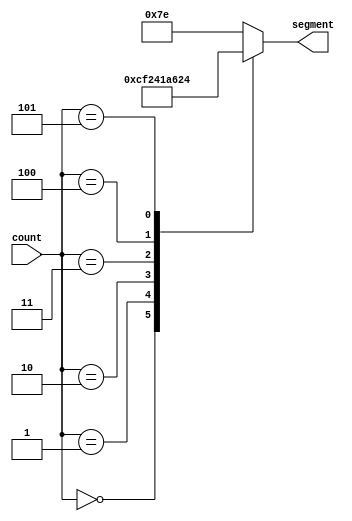
`define ZERO   7'b0000001
`define ONE    7'b1001111
`define TWO    7'b0010010
`define THREE  7'b0000110
`define FOUR   7'b1001100
`define FIVE   7'b0100100
`define SIX    7'b0100000
`define SEVEN  7'b0001111
`define EIGHT  7'b0000000
`define NINE   7'b0000100
`define DEFAULT  7'b1111110

module sevenSegmentdecorderForCounter(count,segment);

input [2:0] count;

output reg [6:0] segment;

always@(count)
	
	begin

	case(count)

	3'd0: segment= `ZERO;
	3'd1: segment= `ONE;
	3'd2: segment= `TWO;
	3'd3: segment= `THREE;
	3'd4: segment= `FOUR;
	3'd5: segment= `FIVE;

	default :  segment= `DEFAULT;

	endcase



	end


endmodule